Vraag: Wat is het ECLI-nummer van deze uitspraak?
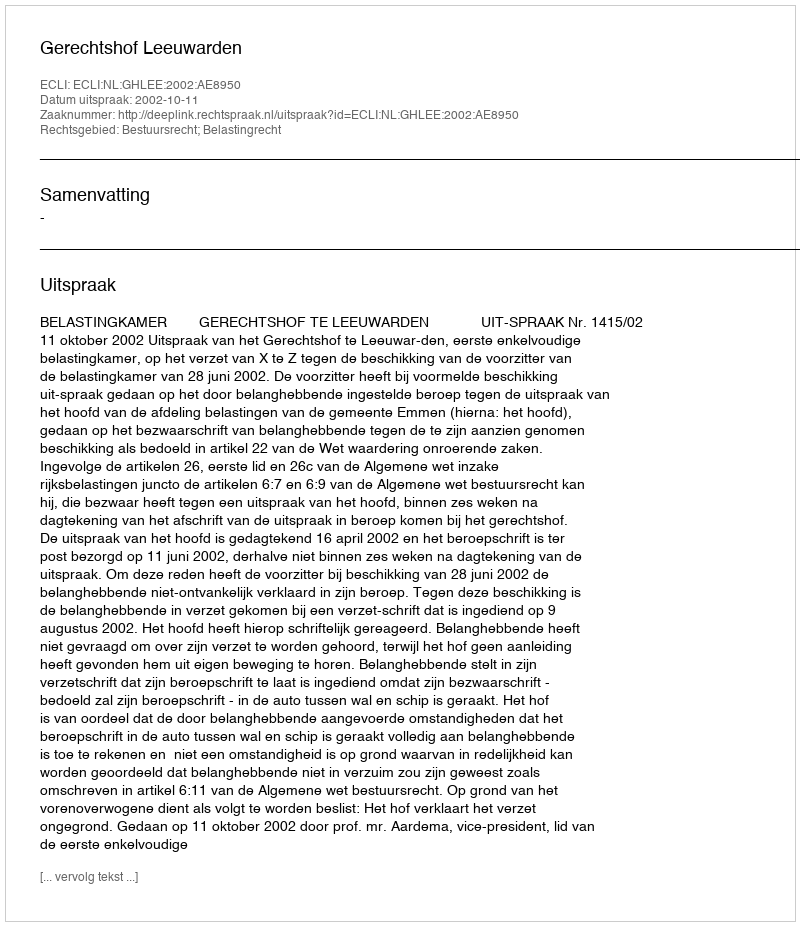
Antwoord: ECLI:NL:GHLEE:2002:AE8950